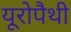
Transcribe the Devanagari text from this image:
यूरोपैथी